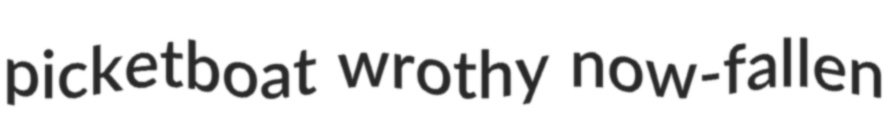
picketboat wrothy now-fallen